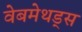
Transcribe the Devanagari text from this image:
वेबमेथड्स